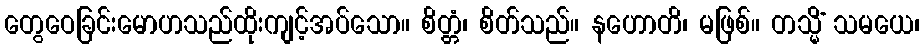
တွေဝေခြင်းမောဟသည်ထိုးကျင့်အပ်သော။ စိတ္တံ၊ စိတ်သည်။ နဟောတိ၊ မဖြစ်။ တသ္မိံ သမယေ၊